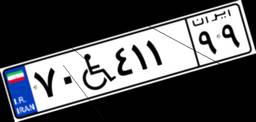
۷۰W۴۱۱۹۹